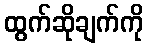
ထွက်ဆိုချက်ကို